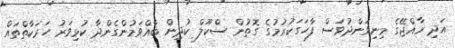
އަދި ރާއްޖޭގެ މިނިވަންދުވަސް ފާހަގަކުރުމުގެ ގޮތުން ސްކޫލް ކުދިން ބާއްވަމުންގެންދާ ކުޅިވަރު ހަރަކާތްތައް